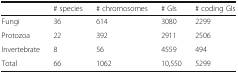
|  | # species | # chromosomes | # GIs | # coding GIs |
 | --- | --- | --- | --- | --- |
 | Fungi | 36 | 614 | 3080 | 2299 |
 | Protozoa | 22 | 392 | 2911 | 2506 |
 | Invertebrate | 8 | 56 | 4559 | 494 |
 | Total | 66 | 1062 | 10,550 | 5299 |